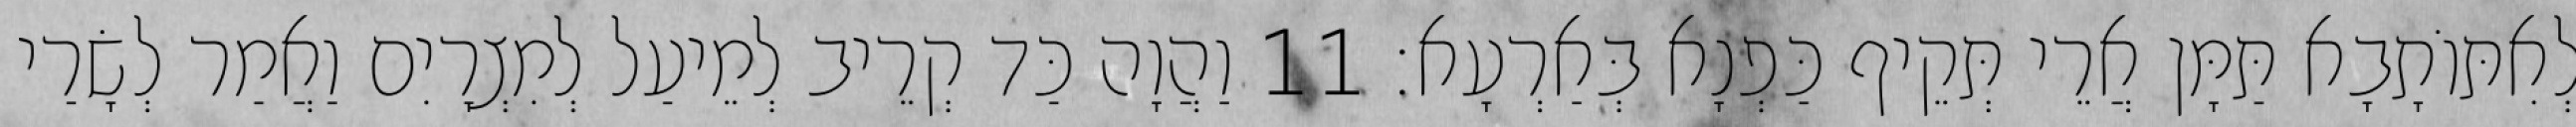
לְאִתּוֹתָבָא תַּמָּן אֲרֵי תְּקֵיף כַּפְנָא בְּאַרְעָא׃ 11 וַהֲוָה כַּד קְרֵיב לְמֵיעַל לְמִצְרָיִם וַאֲמַר לְשָׂרַי